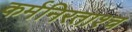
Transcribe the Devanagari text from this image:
कर्मनिरताश्च